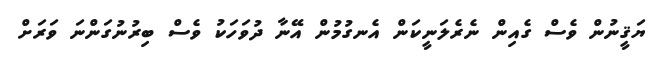
ޔަޤީނުން ވެސް ގެއިން ނެރެލަނީކަން އެނގުމުން އޭނާ ދުވަހަކު ވެސް ބިރުނުގަންނަ ވަރަށް